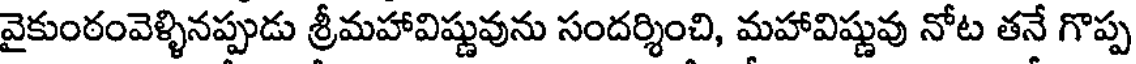
వైకుంఠంవెళ్ళినప్పుడు శ్రీమహావిష్ణువును సందర్శించి, మహావిష్ణువు నోట తనే గొప్ప